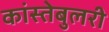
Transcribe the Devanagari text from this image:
कांस्तेबुलरी